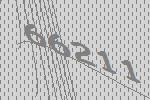
66211